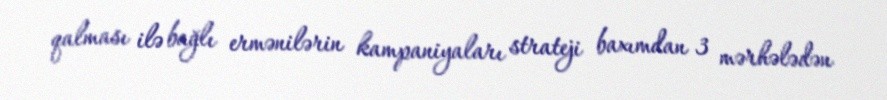
qalması ilə bağlı ermənilərin kampaniyaları strateji baxımdan 3 mərhələdən